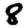
Digit: 8